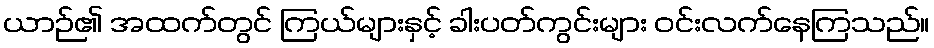
ယာဉ်၏ အထက်တွင် ကြယ်များနှင့် ခါးပတ်ကွင်းများ ဝင်းလက်နေကြသည်။